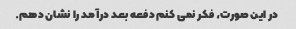
در این صورت، فکر نمی کنم دفعه بعد درآمد را نشان دهم.